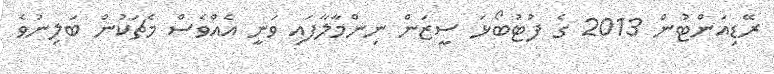
ރޭޑިއަންޓުން 2013 ގެ ފުޓުބޯޅަ ސީޒަން ނިންމާލާފައި ވަނީ އެއްވެސް މެޗަކުން ބަލިނުވެ